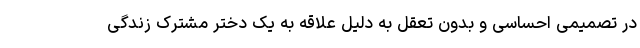
در تصمیمی احساسی و بدون تعقل به دلیل علاقه به یک دختر مشترک زندگی